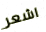
اشعر